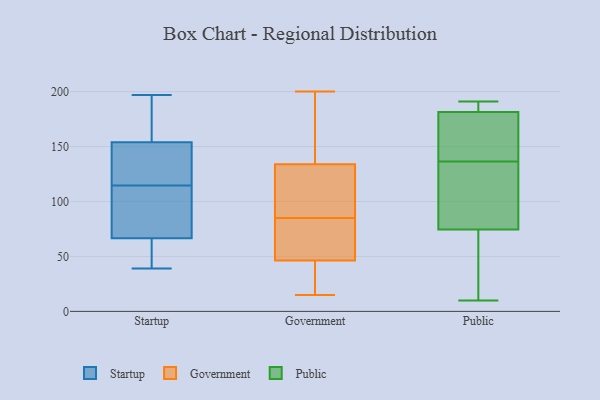
{"axis": {"x": "Satisfaction Score", "y": "Value"}, "legend": ["Government", "Public", "Startup"], "data": [{"x": "", "y": 64, "type": "Startup"}, {"x": "", "y": 39, "type": "Startup"}, {"x": "", "y": 115, "type": "Startup"}, {"x": "", "y": 66, "type": "Startup"}, {"x": "", "y": 142, "type": "Startup"}, {"x": "", "y": 112, "type": "Startup"}, {"x": "", "y": 155, "type": "Startup"}, {"x": "", "y": 127, "type": "Startup"}, {"x": "", "y": 64, "type": "Startup"}, {"x": "", "y": 153, "type": "Startup"}, {"x": "", "y": 114, "type": "Startup"}, {"x": "", "y": 111, "type": "Startup"}, {"x": "", "y": 175, "type": "Startup"}, {"x": "", "y": 67, "type": "Startup"}, {"x": "", "y": 197, "type": "Startup"}, {"x": "", "y": 167, "type": "Startup"}, {"x": "", "y": 194, "type": "Government"}, {"x": "", "y": 22, "type": "Government"}, {"x": "", "y": 91, "type": "Government"}, {"x": "", "y": 85, "type": "Government"}, {"x": "", "y": 47, "type": "Government"}, {"x": "", "y": 133, "type": "Government"}, {"x": "", "y": 113, "type": "Government"}, {"x": "", "y": 44, "type": "Government"}, {"x": "", "y": 200, "type": "Government"}, {"x": "", "y": 81, "type": "Government"}, {"x": "", "y": 137, "type": "Government"}, {"x": "", "y": 15, "type": "Government"}, {"x": "", "y": 82, "type": "Government"}, {"x": "", "y": 191, "type": "Public"}, {"x": "", "y": 183, "type": "Public"}, {"x": "", "y": 64, "type": "Public"}, {"x": "", "y": 10, "type": "Public"}, {"x": "", "y": 43, "type": "Public"}, {"x": "", "y": 170, "type": "Public"}, {"x": "", "y": 108, "type": "Public"}, {"x": "", "y": 191, "type": "Public"}, {"x": "", "y": 180, "type": "Public"}, {"x": "", "y": 119, "type": "Public"}, {"x": "", "y": 137, "type": "Public"}, {"x": "", "y": 85, "type": "Public"}, {"x": "", "y": 151, "type": "Public"}, {"x": "", "y": 46, "type": "Public"}, {"x": "", "y": 169, "type": "Public"}, {"x": "", "y": 27, "type": "Public"}, {"x": "", "y": 186, "type": "Public"}, {"x": "", "y": 88, "type": "Public"}, {"x": "", "y": 190, "type": "Public"}, {"x": "", "y": 136, "type": "Public"}]}